Vaccination in Bombay 1889-1901 - 1889-1901
Year: 1889
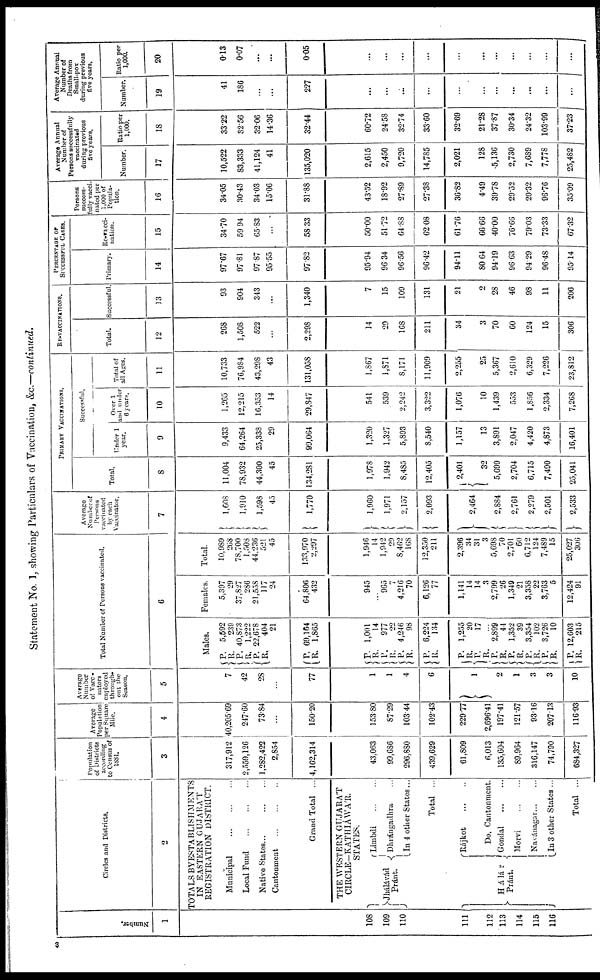
Statement No. 1, showing Particulars of Vaccination, &c.—continued.
Number.
1
108
109
110
111
112
113
114
115
116
Circles and Districts.
2
TOTALS BY ESTABLISHMENTS
IN EASTERN GUJARAT
REGISTRATION DISTRICT.
Municipal
...
...
...
Local Fund
...
...
...
Native States...
...
...
Cantonment
...
...
...
Grand Total ...
THE WESTERN GUJARAT
CIRCLE-KATHIÁWÁR.
STATES.
Jhálávád
Pránt.
Limbdi
...
...
Dhrángadhra ...
In 4 other States...
Total ...
Hálár
Pránt.
Rajkot
...
...
Do. Cantonment.
Gondal
...
...
Morvi
...
...
Navánagar ... ...
In 3 other States ...
Total ...
Population
of Districts
according
to Census of
1881.
3
317,912
2,559,126
1,282,422
2,854
4,162,314
43,063
99,686
296,880
439,629
61,809
6,013
135,604
89,964
316,147
74,790
684,327
Average
Population
per Square
Mile.
4
40,205.69
247.60
73.84
...
150.20
153.80
87.29
103.44
102.43
229.77
2,696.41
197.41
121.57
93.16
207.13
116.93
Average
Number
of Vacc¬
nators
employed
through-
out the
Season.
5
7
42
28
...
77
1
1
4
6
1
2
1
3
3
10
Total Number of Persons vaccinated.
6
Males.
P.
R.
P.
R.
P.
R.
P.
R.
P.
R.
P.
R. P.
R.
P.
R.
P.
R.
P.
R.
P.
R.
P.
R.
P.
R.
P.
R.
P.
R.
5,592
239
40,873
1,222
22,678
404
21
69,164
1,865
1,001
14
977
22
4,246
98
6,224
134
1,255
20
17
...
2,899
44
1,352
39
3,354
102
3,726
10
12,603
215
Females.
5,397
29
37,827
286
21,558
117
24
64,806
432
945
...
965
7
4,216
70
6,126
77
1,141
14
14
3
2,799
26
1,349
21
3,358
22
3,763
5
12,424
91
Total.
10,989
268
78,700
1,508
44,236
521
45
133,970
2,297
1,946
14
1,942
29
8,462
168
12,350
211
2,396
34
31
3
5,698
70
2,701
60
0,712
124
7,489
15
25,027
306
Average
Number of
Persons
vaccinated
by each
Vaccinator.
7
1,608
1,910
1,598
45
1,770
1,960
1,971
2,157
2,093
2,464
2,884
2,761
2,279
2,501
2,533
PRIMARY VACCINATIONS.
Total.
8
11,004
78,932
44,300
45
134,281
1,978
1,942
8,485
12,405
2,401
32
5,699
2,704
6,715
7,490
25,041
Successful.
Under 1
year.
9
9,433
64,264
25,338
29
99,064
1,320
1,327
5,893
8,540
1,157
13
3,891
2,047
4,420
4,873
16,401
Over 1
and under
6 years.
10
1,265
12,215
16,353
14
29,847
541
539
2,242
3,322
1,076
10
1,439
553
1,856
2,334
7,268
Total of
all Ages.
11
10,733
76,984
43,298
43
131,058
1,867
1,871
8,171
11,909
2,255
25
5,367
2,610
6,329
7,226
23,812
RE-VACCINATIONS.
Total.
12
268
1,508
522
...
2,298
14
29
168
211
34
3
70
60
124
15
306
Successful.
13
93
904
343
...
1,340
7
15
109
131
21
2
28
46
98
11
206
PERCENTAGE OF
SUCCESSFUL CASES.
Primary.
14
97.67
97.81
97.87
95.55
97.82
95.94
96.34
96.56
96.42
94.11
80.64
94.19
96.63
94.29
96.48
95.14
Re-vacci¬
nation.
15
34.70
59.94
65.83
...
58.33
50.00
51.72
64.88
62.08
61.76
66.66
40.00
76.66
79.03
73.33
67.32
Persons
success-
fully vacci¬
nated per
1,000 of
Popula-
tion.
16
34.05
30.43
34.03
15.06
31.88
43.52
18.92
27.89
27.38
30.82
4.49
39.78
29.52
20.32
96.76
35.09
Average Annual
Number of
Persons successfully
vaccinated
during previous
five years.
Number.
17
10,522
83,333
41,124
41
135,020
2,615
2,450
9,720
14,785
2,021
128
5,136
2,730
7,689
7,778
25,482
Ratio per
1,000.
18
33.22
32.56
32.06
14.36
32.44
60.72
24.58
32.74
33.60
32.69
21.28
37.87
30.34
24.32
103.99
37.23
Average Annual
Number of
Deaths from
Small-pox
during previous
five years.
Number.
19
41
186
...
...
227
...
...
...
...
...
...
...
...
...
...
...
Ratio per
1,000.
20
0.13
0.07
...
...
0.05
...
...
...
...
...
...
...
...
...
...
...
3